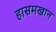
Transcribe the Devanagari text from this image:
हासमखान